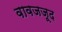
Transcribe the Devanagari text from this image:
वावजजूद